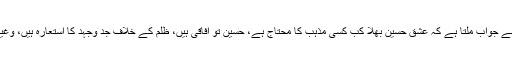
تو آگے سے جواب ملتا ہے کہ عشق حسینؓ بھلا کب کسی مذہب کا محتاج ہے، حسینؓ تو آفاقی ہیں، ظلم کے خلاف جد وجہد کا استعارہ ہیں، وغیرہ وغیرہ۔